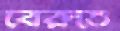
বেরুতে